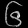
Digit: ၆